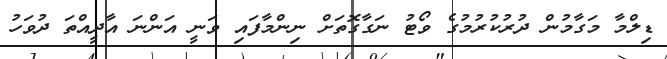
ޑިލްމާ މަގާމުން ދުރުކުރުމުގެ ވޯޓު ނަގާގޮތަށް ނިންމާފައި ވަނީ އަންނަ އާދީއްތަ ދުވަހު